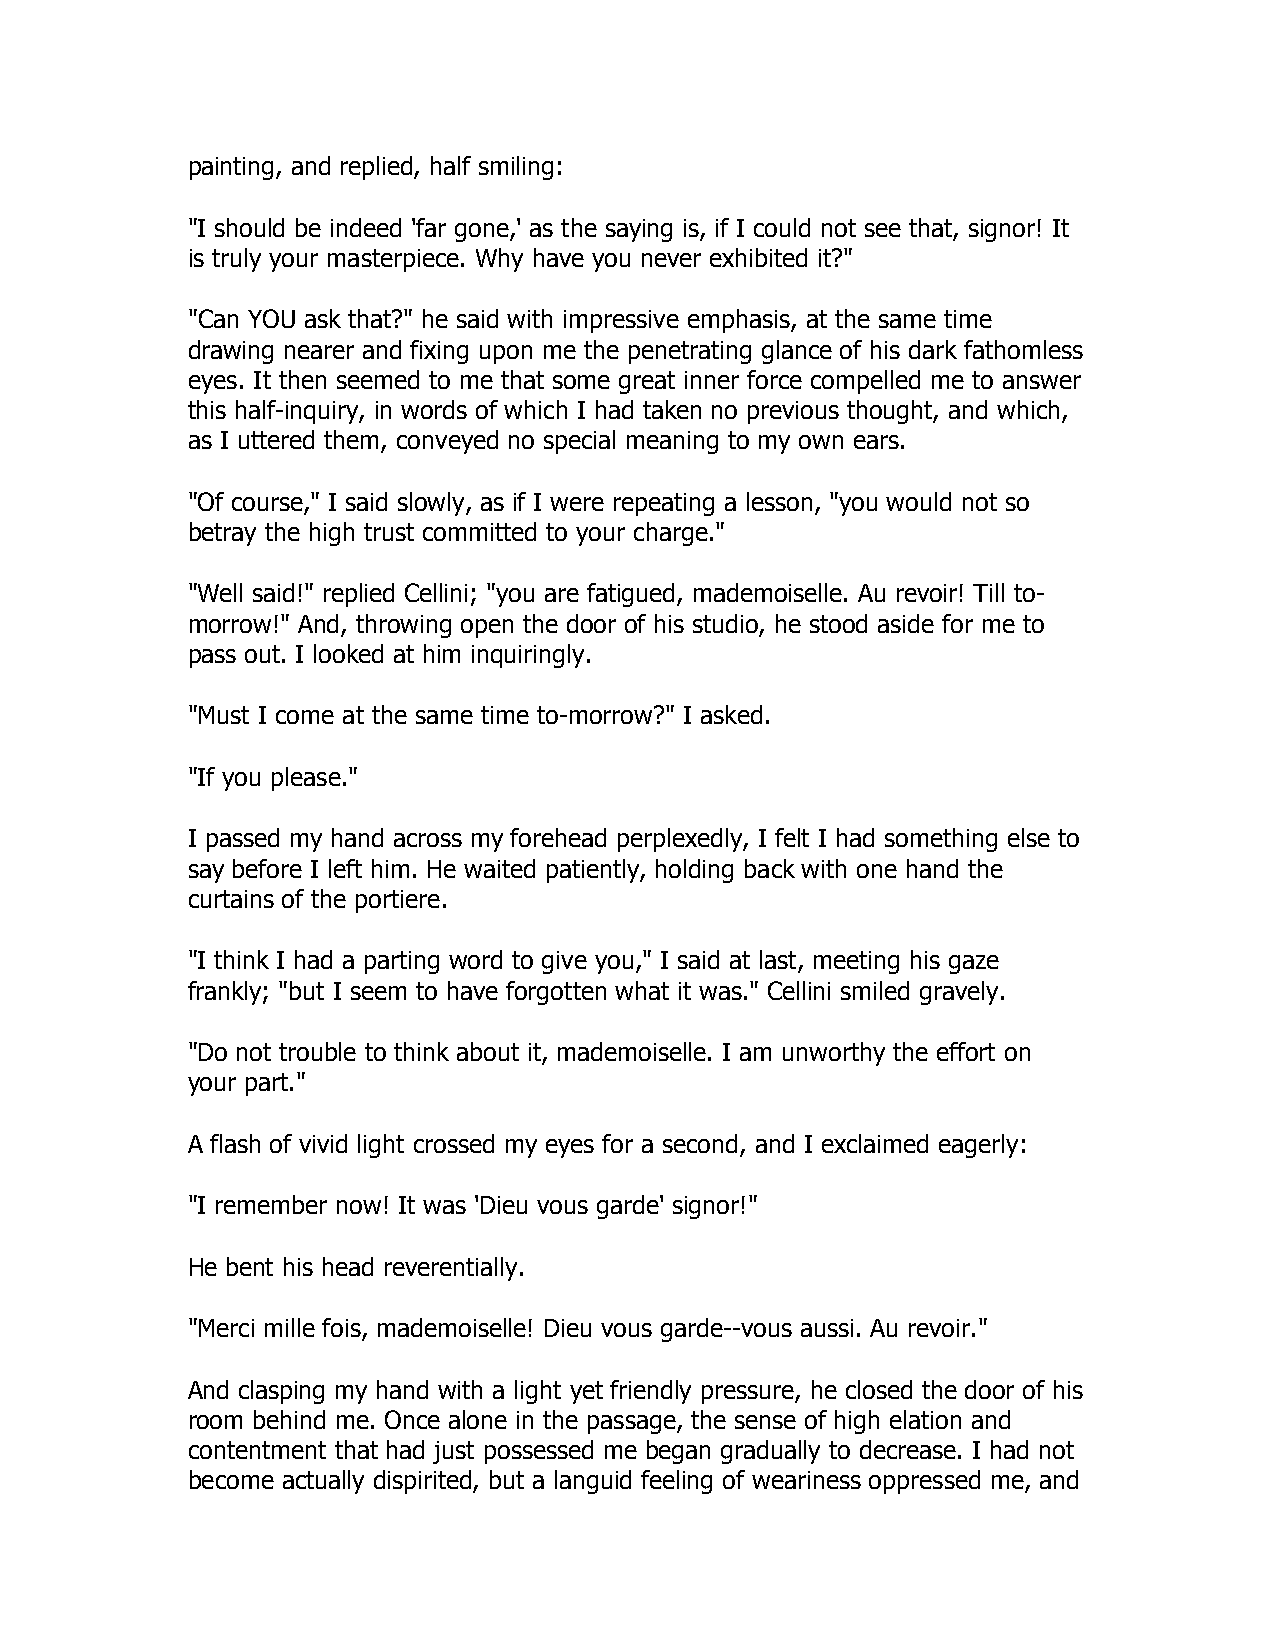
painting, and replied, half smiling:
 "I should be indeed 'far gone,' as the saying is, if I could not see that, signor! It
 is truly your masterpiece. Why have you never exhibited it?"
 "Can YOU ask that?" he said with impressive emphasis, at the same time
 drawing nearer and fixing upon me the penetrating glance of his dark fathomless
 eyes. It then seemed to me that some great inner force compelled me to answer
 this half-inquiry, in words of which I had taken no previous thought, and which,
 as I uttered them, conveyed no special meaning to my own ears.
 "Of course," I said slowly, as if I were repeating a lesson, "you would not so
 betray the high trust committed to your charge."
 "Well said!" replied Cellini; "you are fatigued, mademoiselle. Au revoir! Till to-
 morrow!" And, throwing open the door of his studio, he stood aside for me to
 pass out. I looked at him inquiringly.
 "Must I come at the same time to-morrow?" I asked.
 "If you please."
 I passed my hand across my forehead perplexedly, I felt I had something else to
 say before I left him. He waited patiently, holding back with one hand the
 curtains of the portiere.
 "I think I had a parting word to give you," I said at last, meeting his gaze
 frankly; "but I seem to have forgotten what it was." Cellini smiled gravely.
 "Do not trouble to think about it, mademoiselle. I am unworthy the effort on
 your part."
 A flash of vivid light crossed my eyes for a second, and I exclaimed eagerly:
 "I remember now! It was 'Dieu vous garde' signor!"
 He bent his head reverentially.
 "Merci mille fois, mademoiselle! Dieu vous garde--vous aussi. Au revoir."
 And clasping my hand with a light yet friendly pressure, he closed the door of his
 room behind me. Once alone in the passage, the sense of high elation and
 contentment that had just possessed me began gradually to decrease. I had not
 become actually dispirited, but a languid feeling of weariness oppressed me, and